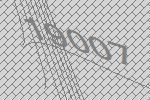
19007